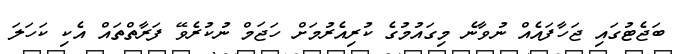
ބަޖެޓުގައި ޖަހާފައެއް ނުވާނެ މިގައުމުގެ ކުރިއެރުމަށް ހަޖަމް ނުކުރެވޭ ފަރާތްތައް އެކި ކަހަލަ